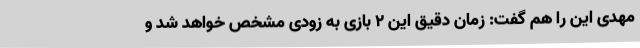
مهدی این را هم گفت: زمان دقیق این ۲ بازی به زودی مشخص خواهد شد و